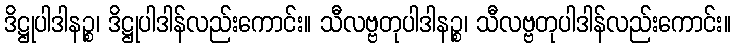
ဒိဋ္ဌုပါဒါနဉ္စ၊ ဒိဋ္ဌုပါဒါန်လည်းကောင်း။ သီလဗ္ဗတုပါဒါနဉ္စ၊ သီလဗ္ဗတုပါဒါန်လည်းကောင်း။